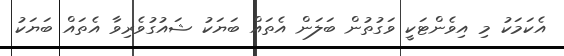
އެކަމަކު މި އިވެންޓަކީ ވަގުތުން ބަލަން އެތައް ބަޔަކު ޝައުގުވެރިވާ އެތައް ބަޔަކު